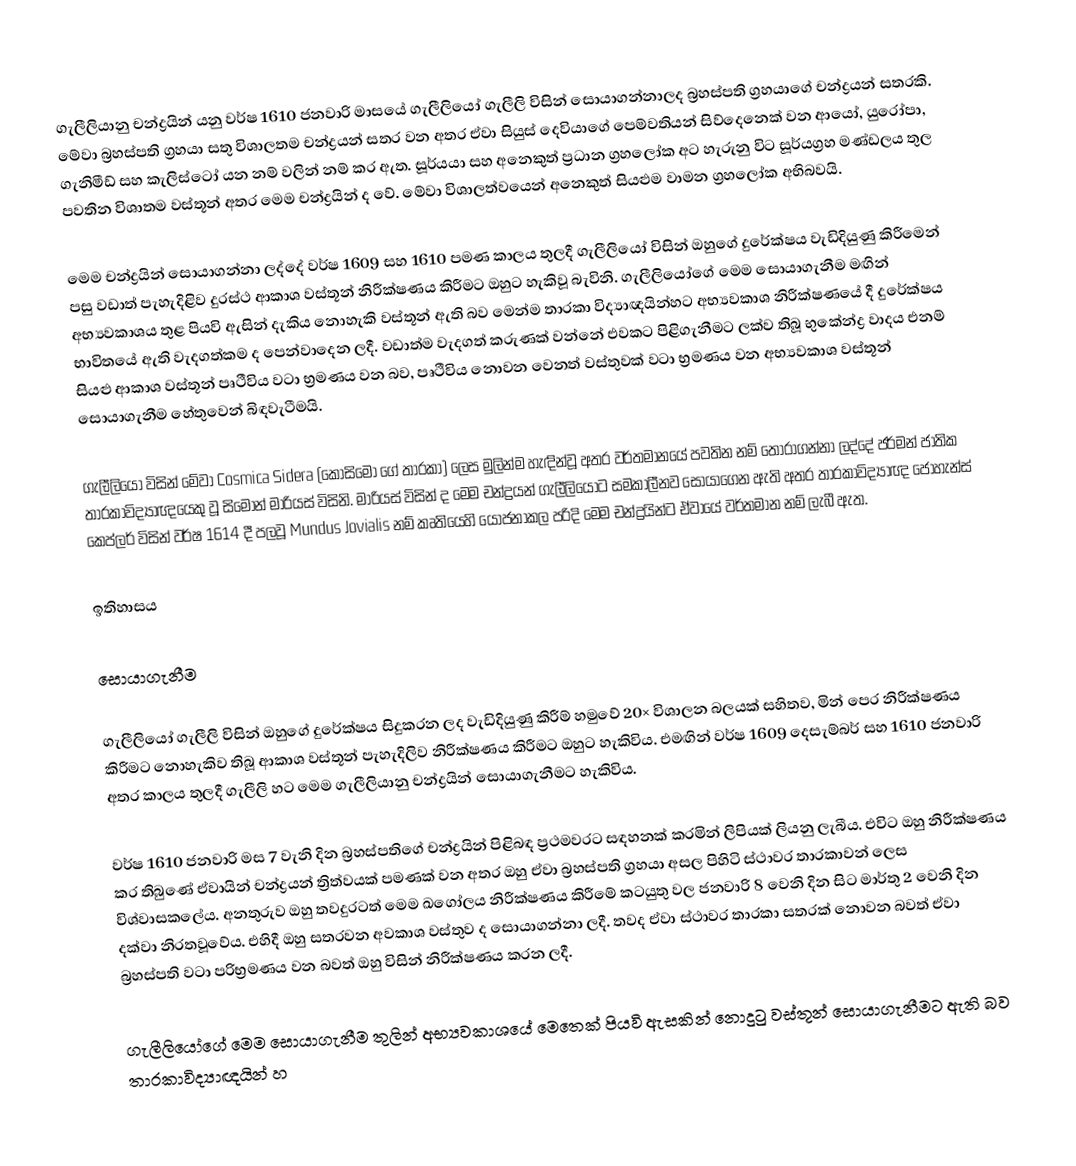
ගැලීලියානු චන්ද්‍රයින් යනු වර්ෂ 1610 ජනවාරි මාසයේ ගැලීලියෝ ගැලීලි විසින් සොයාගන්නාලද බ්‍රහස්පති ග්‍රහයාගේ චන්ද්‍රයන් සතරකි. මේවා බ්‍රහස්පති ග්‍රහයා සතු විශාලතම චන්ද්‍රයන් සතර වන අතර ඒවා සියුස් දෙවියාගේ පෙම්වතියන් සිව්දෙනෙක් වන ආයෝ, යුරෝපා, ගැනිමීඩ් සහ කැලිස්ටෝ යන නම් වලින් නම් කර ඇත. සූර්යයා සහ අනෙකුත් ප්‍රධාන ග්‍රහලෝක අට හැරුනු විට සූර්යග්‍රහ මණ්ඩලය තුල පවතින විශාතම වස්තූන් අතර මෙම චන්ද්‍රයින් ද වේ. මේවා විශාලත්වයෙන් අනෙකුත් සියළුම වාමන ග්‍රහලෝක අභිබවයි.

මෙම චන්ද්‍රයින් සොයාගන්නා ලද්දේ වර්ෂ 1609 සහ 1610 පමණ කාලය තුලදී ගැලීලියෝ විසින් ඔහුගේ දුරේක්ෂය වැඩිදියුණු කිරීමෙන් පසු වඩාත් පැහැදිළිව දුරස්ථ ආකාශ වස්තූන් නිරීක්ෂණය කිරීමට ඔහුට හැකිවූ බැවිනි. ගැලීලියෝගේ මෙම සොයාගැනීම මඟින් අභ්‍යවකාශය තුළ පියවි ඇසින් දැකිය නොහැකි වස්තූන් ඇති බව මෙන්ම තාරකා විද්‍යාඥයින්හට අභ්‍යවකාශ නිරීක්ෂණයේ දී දුරේක්ෂය භාවිතයේ ඇති වැදගත්කම ද පෙන්වාදෙන ලදී. වඩාත්ම වැදගත් කරුණක් වන්නේ එවකට පිළිගැනීමට ලක්ව තිබූ භුකේන්ද්‍ර වාදය එනම් සියළු ආකාශ වස්තූන් පෘථීවිය වටා භ්‍රමණය වන බව, පෘථීවිය නොවන වෙනත් වස්තුවක් වටා භ්‍රමණය වන අභ්‍යවකාශ වස්තූන් සොයාගැනීම හේතුවෙන් බිඳවැටීමයි.

ගැලීලියෝ විසින් මේවා Cosmica Sidera (කොසිමෝ ගේ තාරකා) ලෙස මුලින්ම හැඳින්වූ අතර වර්තමානයේ පවතින නම් තෝරාගන්නා ලද්දේ ජර්මන් ජාතික තාරකාවිද්‍යාඥයෙකු වූ සිමොන් මාරියස් විසිනි. මාරියස් විසින් ද මෙම චන්ද්‍රයන් ගැලීලියෝට සමකාලීනව සොයාගෙන ඇති අතර තාරකාවිද්‍යාඥ ජොහැන්ස් කෙප්ලර් විසින් වර්ෂ 1614 දී පලවූ  Mundus Jovialis නම් කෘතියෙහි යෝජනාකල පරිදි මෙම චන්ද්‍රයින්ට ඒවායේ වර්තමාන නම් ලැබී ඇත.

ඉතිහාසය

සොයාගැනීම

ගැලීලියෝ ගැලීලි විසින් ඔහුගේ දුරේක්ෂය සිදුකරන ලද වැඩිදියුණු කිරීම් හමුවේ 20× විශාලන බලයක් සහිතව, මින් පෙර නිරීක්ෂණය කිරීමට නොහැකිව තිබූ ආකාශ වස්තූන් පැහැදිලිව නිරීක්ෂණය කිරීමට ඔහුට හැකිවිය. එමඟින් වර්ෂ 1609 දෙසැම්බර් සහ 1610 ජනවාරි අතර කාලය තුලදී ගැලීලි හට මෙම ගැලීලියානු චන්ද්‍රයින් සොයාගැනීමට හැකිවිය.

වර්ෂ 1610 ජනවාරි මස 7 වැනි දින බ්‍රහස්පතිගේ චන්ද්‍රයින් පිළිබඳ ප්‍රථමවරට සඳහනක් කරමින් ලිපියක් ලියනු ලැබීය. එවිට ඔහු නිරීක්ෂණය කර තිබුණේ ඒවායින් චන්ද්‍රයන් ත්‍රිත්වයක් පමණක් වන අතර ඔහු ඒවා බ්‍රහස්පති ග්‍රහයා අසල පිහිටි ස්ථාවර තාරකාවන් ලෙස විශ්වාසකලේය. අනතුරුව ඔහු තවදුරටත් මෙම ඛගෝලය නිරීක්ෂණය කිරීමේ කටයුතු වල ජනවාරි 8 වෙනි දින සිට මාර්තු 2 වෙනි දින දක්වා නිරතවූවේය. එහිදී ඔහු සතරවන අවකාශ වස්තුව ද සොයාගන්නා ලදී. තවද ඒවා ස්ථාවර තාරකා සතරක් නොවන බවත් ඒවා බ්‍රහස්පති වටා පරිභ්‍රමණය වන බවත් ඔහු විසින් නිරීක්ෂණය කරන ලදී.

ගැලීලියෝගේ මෙම සොයාගැනීම තුලින් අභ්‍යවකාශයේ මෙතෙක් පියවි ඇසකින් නොදුටු වස්තූන් සොයාගැනීමට ඇති බව තාරකාවිද්‍යාඥයින් හ